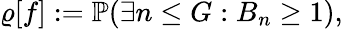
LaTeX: \varrho[f]:=\mathbb{P}(\exists n\leq G:B_{n}\geq 1),